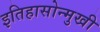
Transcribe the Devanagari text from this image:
इतिहासोन्मुखी